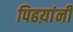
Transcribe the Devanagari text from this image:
पिढय़ांनी